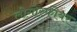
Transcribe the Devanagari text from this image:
लोगोस्फीयर